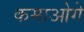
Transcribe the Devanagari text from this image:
कमाओगे